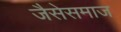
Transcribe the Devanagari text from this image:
जैसेसमाज